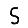
Digit: 5